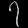
Digit: ၇